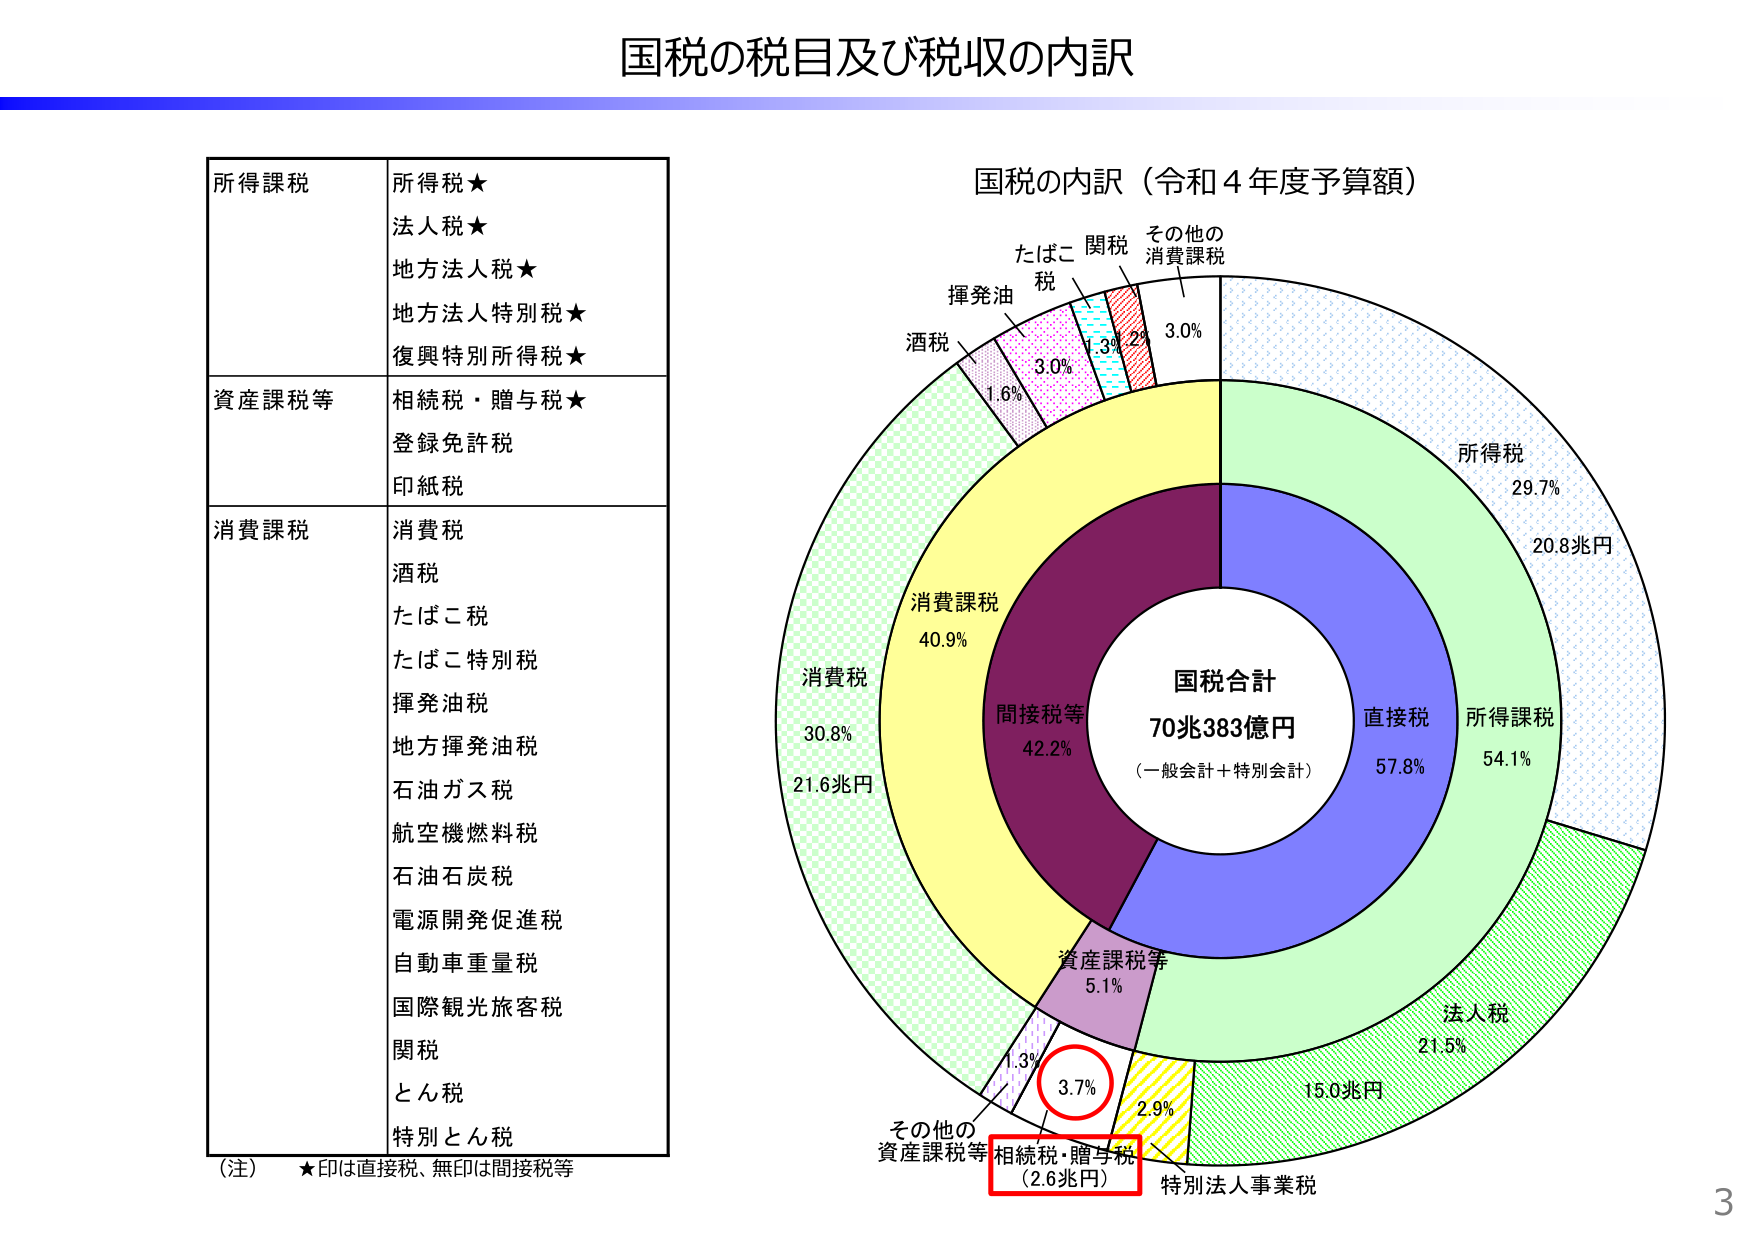
国税の税目及び税収の内訳

所得税課税
所得税★
法人税★
地方法人税★
地方法人特別税★
復興特別所得税★

資産課税等
相続税・贈与税★
登録免許税
印紙税

消費課税
消費税
酒税
たばこ税
たばこ特別税
揮発油税
地方揮発油税
石油ガス税
航空機燃料税
石油石炭税
電源開発促進税
自動車重量税
国際観光旅客税
関税
とん税
特別とん税

（注）★印は直接税、無印は間接税等

国税の内訳（令和4年度予算額）

国税合計
70兆383億円
（一般会計＋特別会計）

直接税 57.8%
所得税 29.7% 20.8兆円
所得課税 54.1%
法人税 21.5% 15.0兆円

間接税等 42.2%
消費課税 40.9%
消費税 30.8% 21.6兆円
酒税 1.6%
揮発油 3.0%
たばこ税 1.3%
関税 2.0%
その他の消費課税 3.0%

資産課税等 5.1%
相続税・贈与税 3.7% （2.6兆円）
その他の資産課税等 1.3%
特別法人事業税 2.9%

3